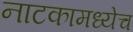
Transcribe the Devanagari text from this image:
नाटकामध्येच